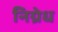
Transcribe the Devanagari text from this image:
निग्रेध